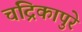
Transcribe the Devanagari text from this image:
चंद्रिकापुरे